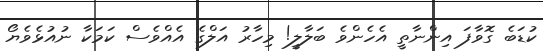
ކުޑަބެ ގޮވާފަ އިންނާތީ އެހެންވެ ބަލާލީ! މިހާރު އަލްގެ އެއްވެސް ކަމަކާ ނުއުޅެވެޔޯ